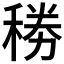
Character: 𥟎